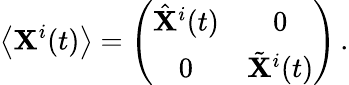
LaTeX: \left\langle{\mathbf X}^{i}(t)\right\rangle=\left(\begin{array}{cc}{{\hat{\mathbf X}^{i}(t)}}&{{0}}\\ {{0}}&{{\tilde{\mathbf X}^{i}(t)}}\end{array}\right)\, .